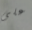
على